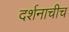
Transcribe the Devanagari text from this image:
दर्शनाचीच